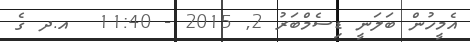
އެމީހުން ބަލަނީ ޑިސެމްބަރު 2